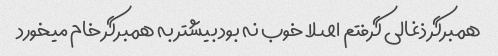
همبرگر ذغالی گرفتم اصلا خوب نه بود بیشتر به همبرگر خام میخورد